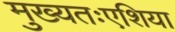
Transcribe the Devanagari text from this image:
मुख्यतःएशिया